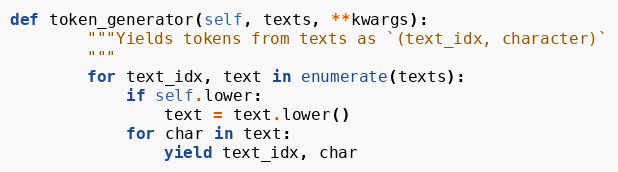
Language: Python
def token_generator(self, texts, **kwargs):
        """Yields tokens from texts as `(text_idx, character)`
        """
        for text_idx, text in enumerate(texts):
            if self.lower:
                text = text.lower()
            for char in text:
                yield text_idx, char